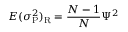
E ( \sigma _ { \mathrm P } ^ { 2 } ) _ { \mathrm R } = { \frac { N - 1 } { N } } \Psi ^ { 2 }